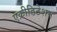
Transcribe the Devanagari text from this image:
एक्रीडिटेशन